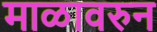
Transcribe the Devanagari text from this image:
माळावरुन